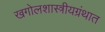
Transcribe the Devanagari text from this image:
खगोलशास्त्रीयग्रंथात